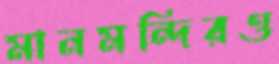
মানমন্দিরও